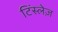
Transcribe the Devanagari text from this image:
टिंस्लेज़